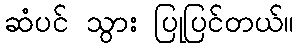
ဆံပင် သွား ပြုပြင်တယ်။